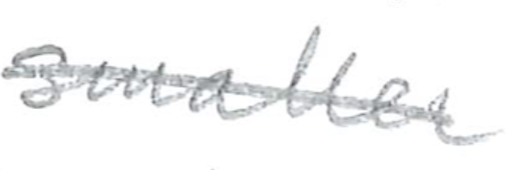
Text: smaller
Cross-out: single-line
Writing tool: pencil